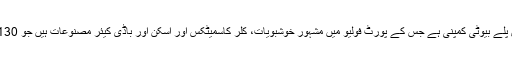
1904ء میں پیرس میں قائم ہونے والا کوٹی خالص پلے بیوٹی کمپنی ہے جس کے پورٹ فولیو میں مشہور خوشبویات، کلر کاسمیٹکس اور اسکن اور باڈی کیئر مصنوعات ہیں جو 130 سے زائد ممالک اور خطوں میں فروخت ہوتی ہیں۔